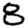
Digit: 8